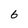
Character: 6